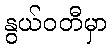
နွယ်ဝတီမှာ